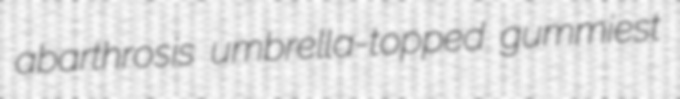
abarthrosis umbrella-topped gummiest